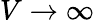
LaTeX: V\rightarrow\infty